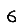
Digit: 6